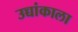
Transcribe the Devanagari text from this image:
उच्चांकाला